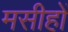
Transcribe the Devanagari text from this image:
मसीहों